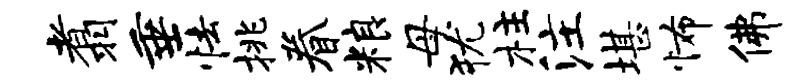
翥垂怯挑眷粮母犹柱注堪怖佛